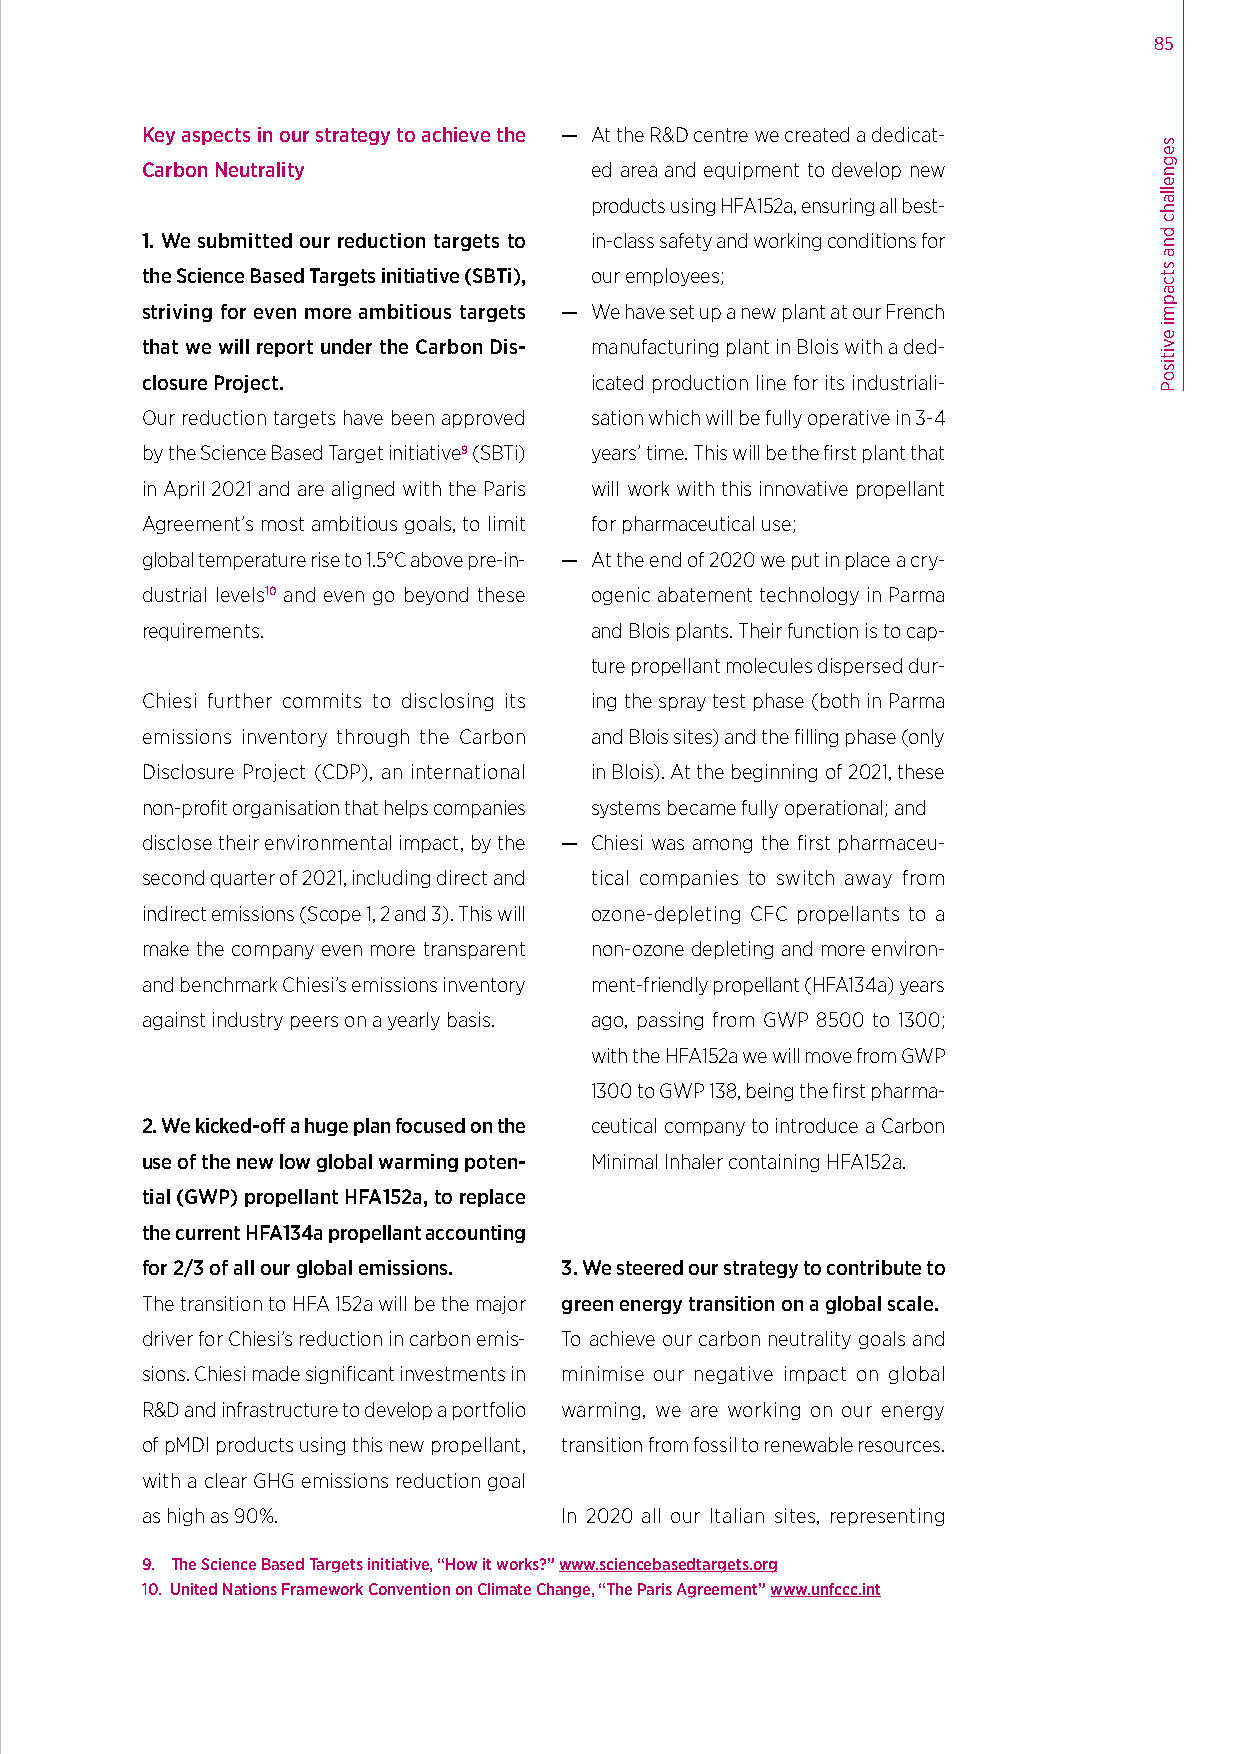
85
 Key aspects in our strategy to achieve the — At the R&D centre we created a dedicat-
 Carbon Neutrality             ed area and equipment to develop new
 products using HFA152a, ensuring all best-
 1. We submitted our reduction targets to in-class safety and working conditions for
 the Science Based Targets initiative (SBTi), our employees;
 striving for even more ambitious targets — We have set up a new plant at our French
 that we will report under the Carbon Dis- manufacturing plant in Blois with a ded-
 closure Project.              icated production line for its industriali-
 Our reduction targets have been approved sation which will be fully operative in 3-4
 by the Science Based Target initiative9 (SBTi) years’ time. This will be the first plant that
 in April 2021 and are aligned with the Paris will work with this innovative propellant
 Agreement’s most ambitious goals, to limit for pharmaceutical use;
 global temperature rise to 1.5°C above pre-in- — At the end of 2020 we put in place a cry-
 dustrial levels10 and even go beyond these ogenic abatement technology in Parma
 requirements.                 and Blois plants. Their function is to cap-
 ture propellant molecules dispersed dur-
 Chiesi further commits to disclosing its ing the spray test phase (both in Parma
 emissions inventory through the Carbon and Blois sites) and the filling phase (only
 Disclosure Project (CDP), an international in Blois). At the beginning of 2021, these
 non-profit organisation that helps companies systems became fully operational; and
 disclose their environmental impact, by the — Chiesi was among the first pharmaceu-
 second quarter of 2021, including direct and tical companies to switch away from
 indirect emissions (Scope 1, 2 and 3). This will ozone-depleting CFC propellants to a
 make the company even more transparent non-ozone depleting and more environ-
 and benchmark Chiesi’s emissions inventory ment-friendly propellant (HFA134a) years
 against industry peers on a yearly basis. ago, passing from GWP 8500 to 1300;
 with the HFA152a we will move from GWP
 1300 to GWP 138, being the first pharma-
 2. We kicked-off a huge plan focused on the ceutical company to introduce a Carbon
 use of the new low global warming poten- Minimal Inhaler containing HFA152a.
 tial (GWP) propellant HFA152a, to replace
 the current HFA134a propellant accounting
 for 2/3 of all our global emissions. 3. We steered our strategy to contribute to
 The transition to HFA 152a will be the major green energy transition on a global scale.
 driver for Chiesi’s reduction in carbon emis- To achieve our carbon neutrality goals and
 sions. Chiesi made significant investments in minimise our negative impact on global
 R&D and infrastructure to develop a portfolio warming, we are working on our energy
 of pMDI products using this new propellant, transition from fossil to renewable resources.
 with a clear GHG emissions reduction goal
 as high as 90%.             In 2020 all our Italian sites, representing
 9. The Science Based Targets initiative, “How it works?” www.sciencebasedtargets.org
 10. United Nations Framework Convention on Climate Change, “The Paris Agreement” www.unfccc.int
 segnellahc
 dna
 stcapmi
 evitisoP